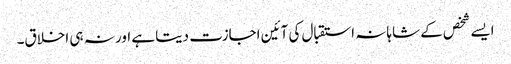
ایسے شخص کے شاہانہ استقبال کی آئین اجازت دیتا ہے اور نہ ہی اخلاق۔